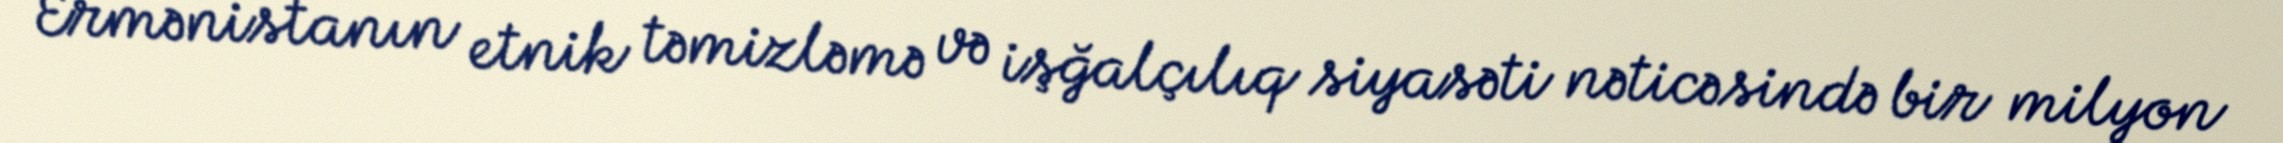
Ermənistanın etnik təmizləmə və işğalçılıq siyasəti nəticəsində bir milyon